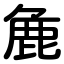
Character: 麁